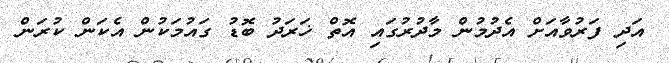
އަދި ފަރުވާއަށް އެދުމުން މާދުރުގައި އޮތް ޚަރަދު ބޮޑު ގައުމަކުން އެކަން ކުުރަން